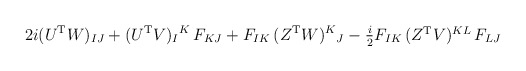
\begin{align*}2i (U^{\rm T} W)_{IJ} + (U^{\rm T}V)_I{}^K\, F_{KJ} +F_{IK}\,(Z^{\rm T} W)^K{}_J -\textstyle{\frac{i}{2}}F_{IK}\,(Z^{\rm T}V)^{KL}\,F_{LJ}\end{align*}